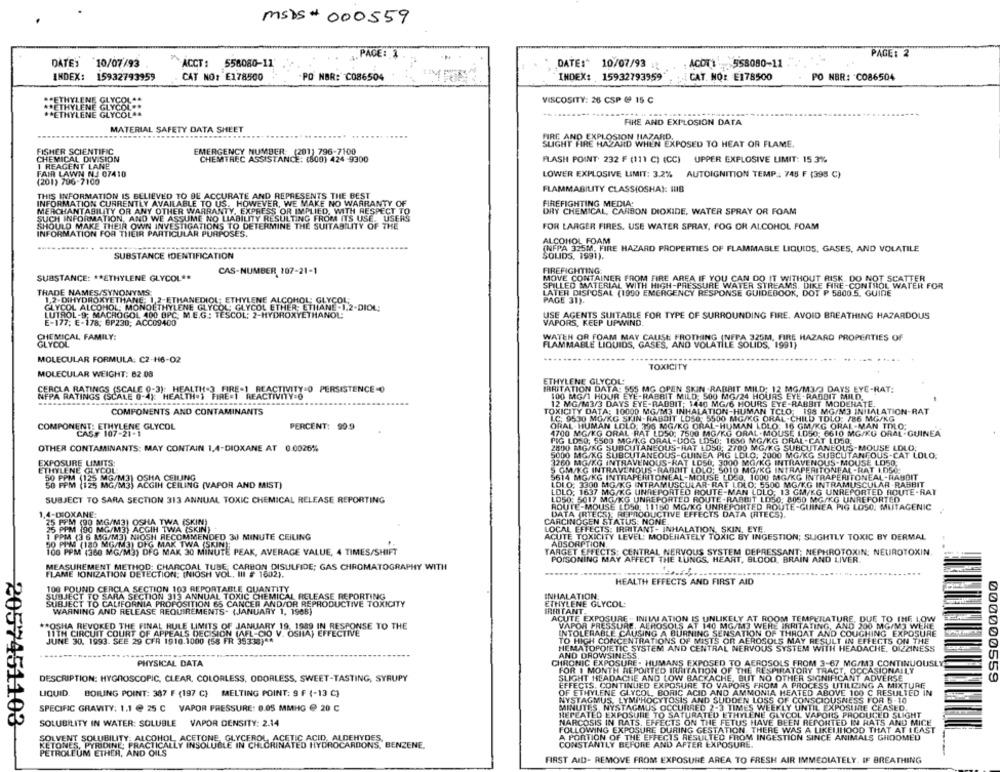
MSDS # 000559
PAGE: 1
PAGE: 2
DATE: 10/07/93
558080-11
DATE:" 10/07/93
: ACOTI 558080-11
ACCT :
INDEX: 15932793959
CAT NO: E178500
PO NOR: C086504
INDEX: 15932793959
CAT. NO: E178500
PO NER: "CO86504
** ETHYLENE GLYCOL
VISCOSITY: 26 CSP @ 15 ℃
** ETHYLENE GLYCOL **
** ETHYLENE GLYCOL **
... ..........
FINE AND EXPLOSION DATA
MATERIAL SAFETY DATA SHEET
FIRE AND EXPLOSION HAZARD.
SLIGHT FIRE HAZARD WHEN EXPOSED TO HEAT OR FLAME.
FISHER SCIENTIFIC
EMERGENCY NUMBER: (201) 796-7100
CHEMICAL DIVISION
CHEMTREC ASSISTANCE: (800) 424 -9300
FLASH POINT 232 F (111 C) (CC) UPPER EXPLOSIVE LIMIT: 15 .3%
I REAGENT LANE
FAIR LAWN NJ 07410
LOWER EXPLOSIVE LIMIT: 3.2% AUTOIGNITION TEMP: 748 F (398 C)
(201) 796-7100
THIS INFORMATION IS BELIEVED TO BE ACCURATE AND REPRESENTS THE BEST
FLAMMABILITY CLASSIOSHA): IHIB
INFORMATION CURRENTLY AVAILABLE TO US. HOWEVER, WE MAKE NO WARRANTY OF
MERCHANTABILITY OR ANY OTHER WARRANTY, EXPRESS OR IMPLIED, WITH RESPECT TO
FIREFIGHTING MEDIA.
SUCH INFORMATION, AND WE ASSUME NO LIABILITY RESULTING FROM ITS USE, USERS
DRY CHEMICAL, CARBON DIOXIDE, WATER SPRAY OR FOAM
SHOULD MAKE THEIR OWN INVESTIGATIONS TO DETERMINE THE SUITABILITY OF THE
FOR LARGER FIRES, USE WATER SPRAY, FOG OR ALCOHOL FOAM
INFORMATION FOR THEIR PARTICULAR PURPOSES.
ALCOHOL FOAM
....
(NFPA 325M, FIRE HAZARD PROPERTIES OF FLAMMABLE LIQUIDS, GASES, AND VOLATILE
SUBSTANCE IDENTIFICATION
SOLIDS, 1991).
CAS-NUMBER 107-21-1
FIREFIGHTING:
SUBSTANCE: ** ETHYLENE GLYCOL **
MOVE CONTAINER FROM FIRE AREA IF YOU CAN DO IT WITHOUT RISK. DO NOT SCATTER
SPILLED MATERIAL WITH HIGH-PRESSURE WATER STREAMS. DIKE FIRE-CONTROL WATER FOR
TRADE NAMES/SYNONYMS:
LATER DISPOSAL (1900 EMERGENCY RESPONSE GUIDEBOOK, DOT P 58005. GUIDE
1.2-DIHYDROXYETHANE: 1.2-ETHANEDIOL: ETHYLENE ALCOHOL: GLYCOL
PAGE 31).
GLYCOL ALCOHOL: MONOETHYLENE GLYCOL: GLYCOL ETHER; ETHANE -1.2-DIOL;
2-DIOL;
LUTROL -9; MACROGOL 400 OPC. M.E.G .: TESCOL; 2-HYDROXYETHANOL;
USE AGENTS SUITABLE FOR TYPE OF SURROUNDING FIRE. AVOID BREATHING HAZARDOUS
E-177; E-178; GP230; ACC09400
VAPORS, KEEP UPWIND.
CHEMICAL FAMILY:
WATER OR FOAM MAY CAUSE FROTHING (NFPA 325M, FIRE HAZARD PROPERTIES OF
GLYCOL
FLAMMABLE LIQUIDS, GASES, AND VOLATILE SOLIDS, 1991)
MOLECULAR FORMULA: C2-16-02
.................
TOXICITY
MOLECULAR WEIGHT: 82 08
ETHYLENE GLYCOL
CERCLA RATINGS (SCALE 0-3): HEALTH-3 FIRE-1 REACTIVITY O PERSISTENCE-O
NFPA RATINGS (SCALE 0-4): HEALTH=) FIRE=T REACTIVITY=O
IRRITATION DATA: 555 MG OPEN SKIN -RABBIT MILD: 12 MG/M3/3 DAYS EYE-RAT:
100 MG/1 HOUR EYE-RABRIT MILD: 500 MG/24 HOURS EYE . RADDIT MILD.
TOXICITY DATA: 10000 MG/M3 INHALATION-HUMAN TCLO:198 MG/M3 INIIALATION-RAT
12 MG/M3/3 DAYS EYE-RABBIT; 1440 MG/6 HOURS EYE-RABBIT MODERATE.
COMPONENTS AND CONTAMINANTS
LC. 9530 MG/KG SKIN - RABBIT LOS0, 5500 MG/KG ORAL -CHILD TOLO: 786 MG/KG
ORAL -HUMAN LOLO:306 MG/KG ORAL-HUMAN LOLO: 16 GM/KG ORAL-MAN TOLO:
COMPONENT: ETHYLENE GLYCOL
CAS# 107-21-1
PERCENT: 999
4700 MG/KG ORAL RAT LD50; 7500 MG/KG ORAL-MOUSE 1.050; 6610 MG/KG ORAL-GUINEA
PIG LOSO, 5500 MG/KG ORAL-DOG LD50: 1650 MG/KG ORAL-CAT LOSO.
OTHER CONTAMINANTS: MAY CONTAIN 1,4-DIOXANE AT 0.0026%
2800 MG/KG SUBCUTANEOUS-RAT LDSG: 2700 MG/KG SUBCUTANEOUS-MOUSE LOLO;
5000 MG/KG SUBCUTANEOUS-GUINEA PIG LOLO: 2000 MG/KG SUBCUTANEOUS-CAT LOLO.
EXPOSURE LIMITS:
3260 MG/KG INTRAVENOUS-RAT LOS
1000 M
G INTRAVENOUS-MOUSE LD50.
ETHYLENE GLYCOL
SGM/KG INTRAVENOUS-RABBIT LOLO
5010 MG/K
G INTRAPERITONEAL-HAT 1050
50 PM 2 MG/M3) OSHA CEILING
5614 MG/KG INTRAPERITONE
KG INTRAPERITONEAL-RABBIT
1G/M3) ACGIH CEILING (VAPOR AND MIST)
LOL.O: 3300 MG/KG INTRAMUSCULAR-
AT LOLO: 5500 MG/KG INTRAMUSCULAR RABBIT
LOLO: 1637 MG/KG UNREPORTED RO
E-MAN LOLO; 13 GM/KG UNREPORTED ROUTE-RAT
SUBJECT TO SARA SECTION 313 ANNUAL TOXIC CHEMICAL RELEASE REPORTING
LD50: 5017 MG/KG UNREPORTED ROUTE .RABBIT LOSO: 8050 MG/KG UNREPORTED
ROUTE-MOUSE LOS0: 11150 MG/KG UNREPORTED ROUTE-GUINEA PIG LOSO: MUTAGENIC
1,4-DIOXANE:
DATA (RTECS), REPRODUCTIVE EFFECTS DATA (RTECS).
5 PPM (90 MG/M3) OSHA TWA (SKIN)
CARCINOGEN STATUS: NONE.
25 PPM (90 MG/M3) ACGIH TWA (SKIN) .
LOCAL EFFECTS: IRRITANT- INHALATION, SKIN, EYE,
1 PPM (3 6 MG/M3) NIOSH RECOMMENDED 30 MINUTE CEILING
ACUTE TOXICITY LEVEL: MODERATELY TOXIC BY INGESTION; SLIGHTLY TOXIC BY DERMAL
50 PI'M (180 MG/M3) DIG MAK TWA (SKIN);
ADSORPTION
100 PPM (360 MG/M3) DFG MAK 30 MINUTE PEAK, AVERAGE VALUE, 4 TIMES/SHIFT
TARGET EFFECTS; CENTRAL NERVOUS SYSTEM DEPRESSANT; NEPHROTOXIN: NEUROTOXIN
POISONING MAY AFFECT THE LUNGS, HEART, BLOOD, BRAIN AND LIVER
MEASUREMENT METHOD: CHARCOAL TUBE; CARBON DISULFIDE; GAS CHROMATOGRAPHY WITH
FLAME IONIZATION DETECTION; (NIOSH VOL. III # 1602).
100 POUND CERCLA SECTION 103 REPORTABLE QUANTITY
HEALTH EFFECTS AND FIRST AID
SUBJECT TO SARA SECTION 313 ANNUAL TOXIC CHEMICAL RELEASE REPORTING
INHALATION
SUBJECT TO CALIFORNIA PROPOSITION 65 CANCER AND/OR REPRODUCTIVE TOXICITY
WARNING AND RELEASE REQUIREMENTS- (JANUARY 1, 1968)
ETHYLENE GLYCOL:
IRRITANT.
ACUTE EXPOSURE - INIMI ATION IS UNLIKELY AT ROOM TEMPERATURE, DUE TO THE LOW
** OSHA REVOKED THE FINAL RULE LIMITS OF JANUARY 19, 1989 IN RESPONSE TO THE
VAPOR PRESSURE, AEROSOLS AT 140 MG/M3 WERE IRRITATING, AND 200 MG/M3 WERE
11TH CIRCUIT COURT OF APPEALS DECISION (AFL-CIO V. OSHA) EFFECTIVE
INTOLERABLE CAUSING A BURNING SENSATION OF THROAT AND COUGHING EXPOSURE
JUNE 30, 1993. SEE 29 CFR 1910.1000 (58 FR 39333) **
TO HIGH CONCENTRATIONS OF MISTS OR AEROSOLS MAY RESULT IN EFFECTS ON THE
HEMATOPOIETIC SYSTEM AND CENTRAL NERVOUS SYSTEM WITH HEADACHE, DIZZINESS
AND DROWSINESS,
PHYSICAL DATA
CHRONIC EXPOSURE . HUMANS EXPOSED TO AEROSO
ILS FROM 3-67 MG/M3 CONTINUOUSLY
FOR 1 MONTH REPORTED IRRITATION OF THE RESPIRATORY TRACT, OCCASIONALLY
DESCRIPTION: HYGROSCOPIC, CLEAR, COLORLESS, ODORLESS, SWEET-TASTING, SYRUPY
SLIGHT HEADACHE AND LOW BACKACHE, BUT NO OTHER SIGNIFICANT ADVERSE
000000559
EFFECTS, CONTINUED EXPOSURE TO VAPORS FROM A PROCESS UTILIZING A MIXTURE
LIQUID. BOILING POINT: 387 F (197 C) MELTING POINT: 9 F (-13 C}
OF ETHYLENE GLYCOL, BORIC ACID AND
IMMONIA HEATED ABOVE 100 C RESULTED IN
NYSTAGMUS. LYMPHOCYTOSIS AND SUD
W LOSS OF CONSCIOUSNESS FOR 5-10
SPECIFIC GRAVITY: 1.1 @ 25 C VAPOR PRESSURE: 0.05 MMHG @ 20 C
MINUTES, NYSTAGMUS OCCURRED 2-3 TIMES WEEKLY UNTIL EXPOSURE CEASED.
REPEATED EXPOSURE TO SATURATED ETHYLENE GLYCOL VAPORS PRODUCED SLIGHT
SOLUBILITY IN WATER: SOLUBLE VAPOR DENSITY: 2.14
NARCOSIS IN RATS. EFFECTS ON THE FETUS HAVE BEEN REPORTED IN HATS AND MICE
2057451103
FOLLOWING EXPOSURE DURING GESTATION. THERE WAS A LIKELIHOOD THAT AT LEAST
SOLVENT SOLUBILITY: ALCOHOL, ACETONE, GLYCEROL, ACETIC ACID, ALDEHYDES,
A PORTION OF THE EFFECTS RESULTED FROM INGESTION SINCE ANIMALS GHDOMED
KETONES, PYRIDINE: PRACTICALLY INSOLUBLE IN CHLORINATED HYDROCARBONS, BENZENE,
CONSTANTLY BEFORE AND AFTER EXPOSURE.
PETROLEUM ETHER, AND OILS
FIRST AID- REMOVE FROM EXPOSURE AREA TO FRESH AIR IMMEDIATELY. IF BREATHING